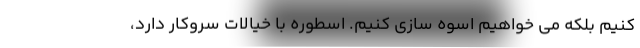
کنیم بلکه می خواهیم اسوه سازی کنیم. اسطوره با خیالات سروکار دارد،